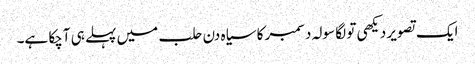
ایک تصویر دیکھی تو لگا سولہ دسمبر کا سیاہ دن حلب میں پہلے ہی آچکا ہے۔